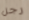
رجل